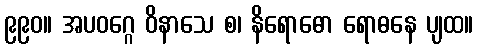
၉၉၀။ အပဝဂ္ဂေ ဝိနာသေ စ၊ နိရောဓော ရောဓနေ ပျထ။